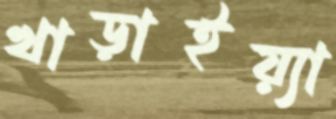
খাড়াইয়্যা